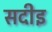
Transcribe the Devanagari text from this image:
सदीइ